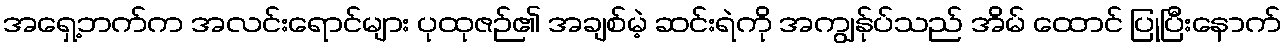
အရှေ့ဘက်က အလင်းရောင်များ ပုထုဇဉ်၏ အချစ်မဲ့ ဆင်းရဲကို အကျွန်ုပ်သည် အိမ် ထောင် ပြုပြီးနောက်